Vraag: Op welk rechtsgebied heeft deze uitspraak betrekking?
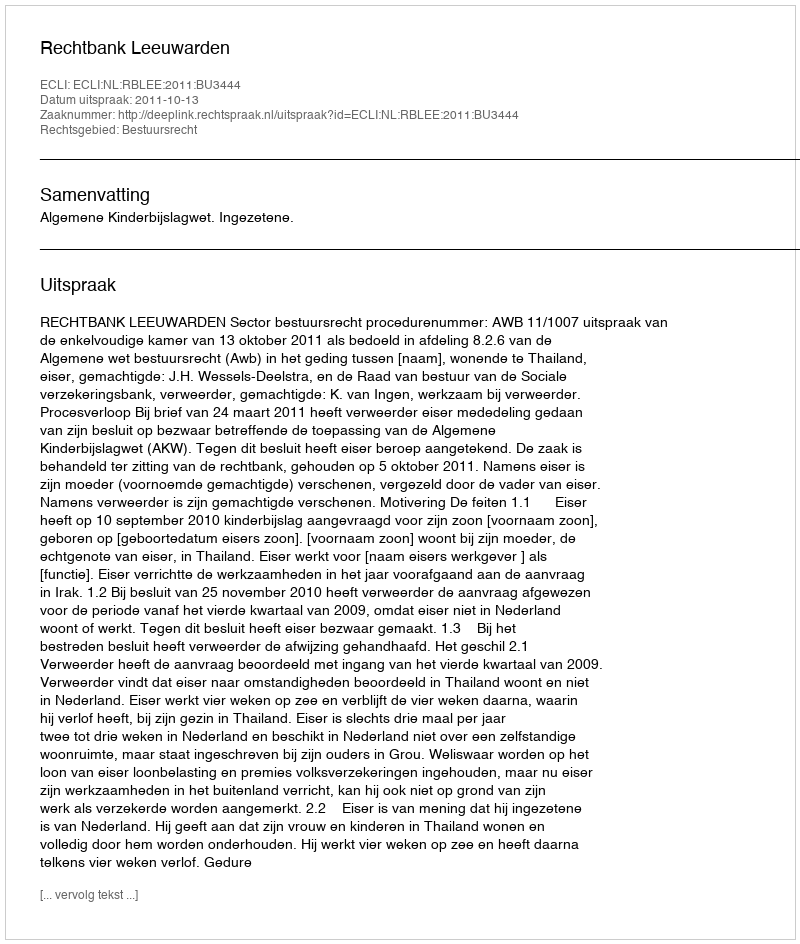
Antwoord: Bestuursrecht